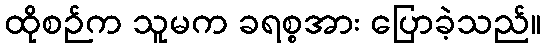
ထိုစဉ်က သူမက ခရစ္စအား ပြောခဲ့သည်။